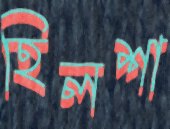
হিলশা